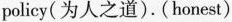
policy(为人之道).(honest)